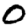
Digit: 0